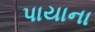
પાયાના